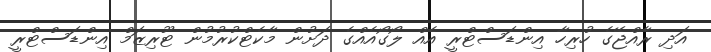
އަދި ރާއްޖޭގެ ހުރިހާ އިންޑަސްޓްރީ އެއް ލޯގޯއެއްގެ ދަށުން މާކެޓްކުރުމުން ޓޫރިޒަމް އިންޑަސްޓްރީ